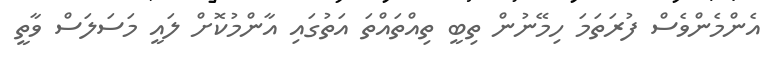
އެންމެންވެސް ފުރަތަމަ ހިމޭނުން ތިބީ ތިއްތައްތަ އަތުގައި އާންމުކޮށް ލައީ މަސަލަސް ވާތީ